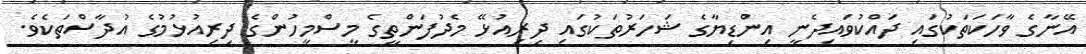
އޭނާގެ ވާހަކަތަކުގައި ދައްކުވައިދެނީ އިންޑިޔާގެ ޝަހަރުތަކުގައި ދިރިއުޅޭ މެދުފަންތީގެ މީސްމީހުންގެ ދިރިއުޅުމުގެ އުދާސްތަކެވެ.